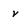
Character: v